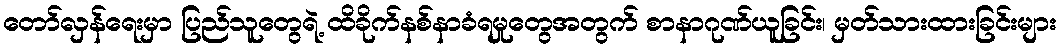
တော်လှန်ရေးမှာ ပြည်သူတွေရဲ့ ထိခိုက်နစ်နာခံရမှုတွေအတွက် စာနာဂုဏ်ယူခြင်း၊ မှတ်သားထားခြင်းများ